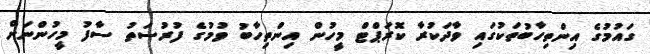
ގައުމުގެ އިންތިހާބުތަކުގައި ވާދަކުރާ ކޮރަޕްޓް މީހުން އިންތިހާބު ވުމުގެ ފުރުސަތު ސާފު މީހުންނަށް